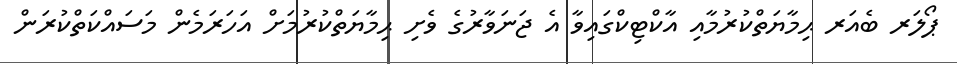
ޕޯލަރ ބެއަރ ޙިމާޔަތްކުރުމާއި އާކްޓިކްގައިވާ އެ ޖަނަވާރުގެ ވެށި ޙިމާޔަތްކުރުމަށް އަހަރަމެން މަސައްކަތްކުރަން